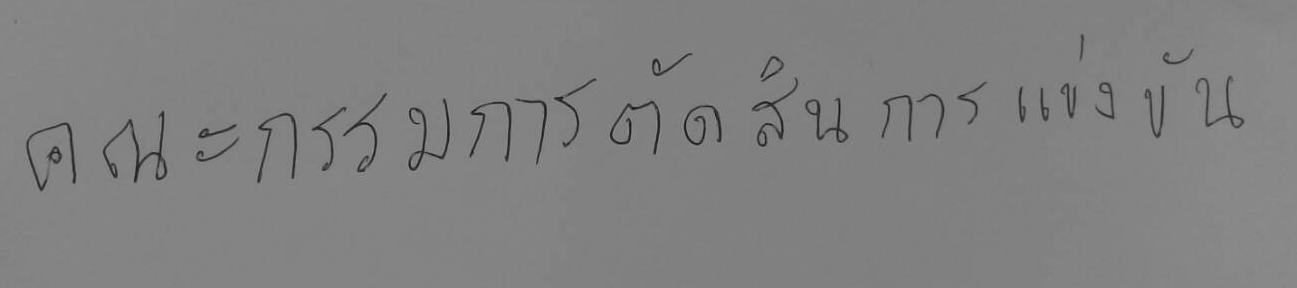
คณะกรรมการตัดสินการแข่งขัน